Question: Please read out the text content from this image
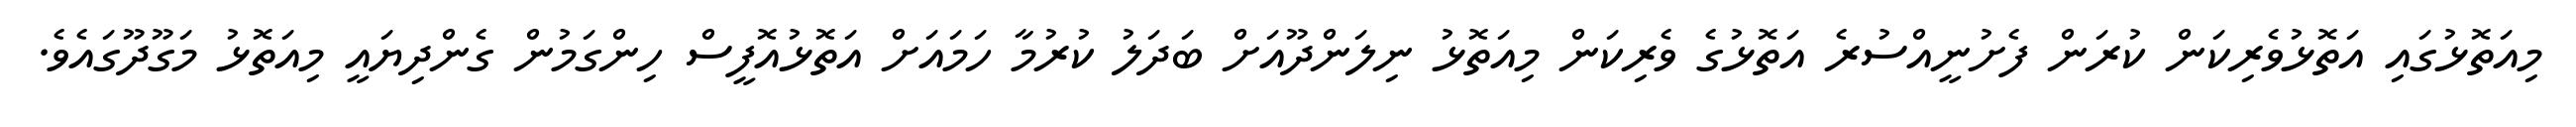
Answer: މިއަތޮޅުގައި އަތޮޅުވެރިކަން ކުރަން ފެށުނީއްސުރެ އަތޮޅުގެ ވެރިކަން މިއަތޮޅު ނިލަންދޫއަށް ބަދަލު ކުރުމާ ހަމައަށް އަތޮޅުއޮފީސް ހިންގަމުން ގެންދިޔައީ މިއަތޮޅު މަގޫދޫގައެވެ.